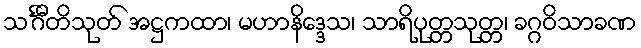
သင်္ဂီတိသုတ် အဋ္ဌကထာ၊ မဟာနိဒ္ဒေသ၊ သာရိပုတ္တသုတ္တ၊ ခဂ္ဂဝိသာခဏ